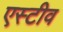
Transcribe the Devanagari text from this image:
एस्टीव